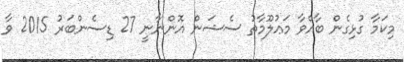
މިކަމާ ގުޅިގެން ބާއްވާ މަޢުލޫމާތު ސެޝަން އޮންނާނީ 27 ޑިސެންބަރު 2015 ވާ